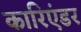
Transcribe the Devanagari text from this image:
कारिएंडर